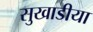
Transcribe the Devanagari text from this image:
सुखाडीया